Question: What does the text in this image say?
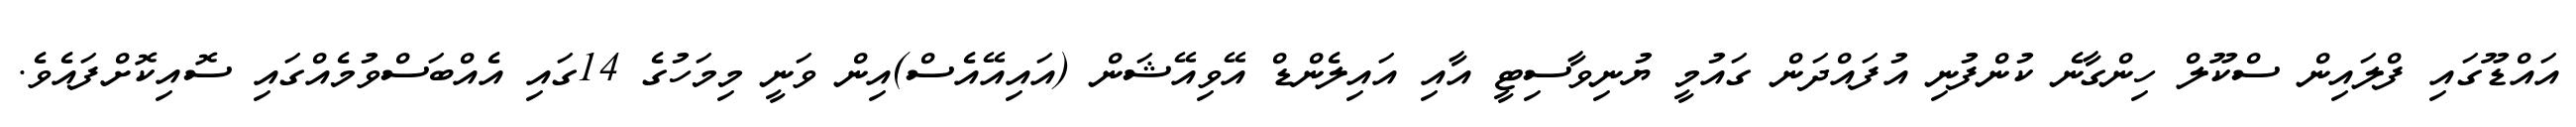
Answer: އައްޑޫގައި ފްލައިން ސްކޫލް ހިންގާނެ ކުންފުނި އުފައްދަން ގައުމީ ޔުނިވާސިޓީ އާއި އައިލެންޑް އޭވިއޭޝަން (އައިއޭއެސް)އިން ވަނީ މިމަހުގެ 14ގައި އެއްބަސްވުމެއްގައި ސޮއިކޮށްފައެވެ.